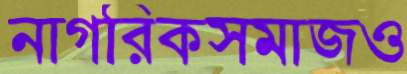
নাগরিকসমাজও